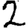
Digit: 2